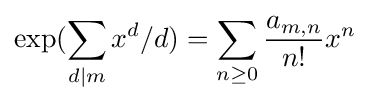
\exp(\sum _{d|m}x^{d}/d)=\sum _{n\geq 0}{\frac {a_{m,n}}{n!}}x^{n}